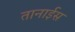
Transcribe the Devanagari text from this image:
तानाईस